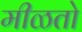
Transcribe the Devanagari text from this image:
मीळतो